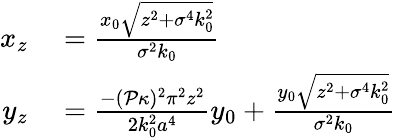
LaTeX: \begin{array}{rl}{x_{z}}&{{}=\frac{x_{0}\sqrt{z^{2}+\sigma^{4}k_{0}^{2}}}{\sigma^{2}k_{0}}}\\ {y_{z}}&{{}=\frac{-(\mathcal{P}\kappa)^{2}\pi^{2}z^{2}}{2k_{0}^{2}a^{4}}y_{0}+\frac{y_{0}\sqrt{z^{2}+\sigma^{4}k_{0}^{2}}}{\sigma^{2}k_{0}}}\end{array}